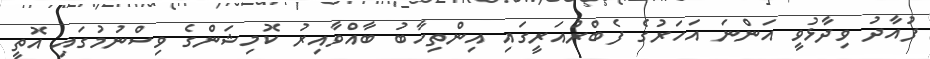
ފުއާދު ވިދާޅުވީ އަންނަ އަހަރުގެ ފެބްރުއަރީގައި އިންތިހާބު ބާއްވާއިރު ކޮމިޝަންގެ ވިސްނުމުގައި އޮތީ